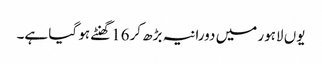
یوں لاہور میں دورانیہ بڑھ کر16گھنٹے ہو گیا ہے۔